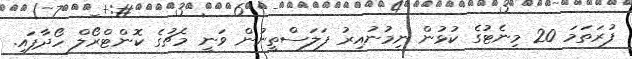
ފުރަތަމަ 20 މިނެޓުގެ ކުޅުން ނިމުނުއިރު ފަލަސްތީނުން ވަނީ މެޗުގެ ކޮންޓްރޯލް ހޯދާފައި.